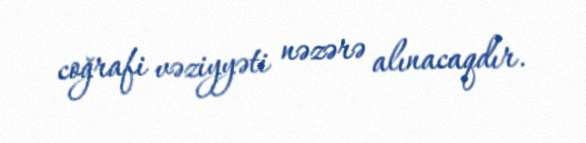
coğrafi vəziyyəti nəzərə alınacaqdır.